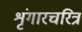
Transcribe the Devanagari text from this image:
शृंगारचरित्र